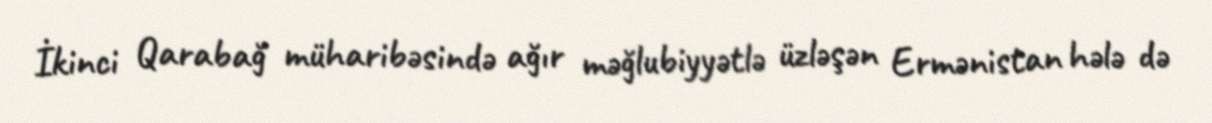
İkinci Qarabağ müharibəsində ağır məğlubiyyətlə üzləşən Ermənistan hələ də